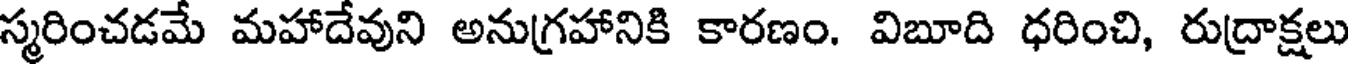
స్మరించడమే మహాదేవుని అనుగ్రహానికి కారణం. విబూది ధరించి, రుద్రాక్షలు